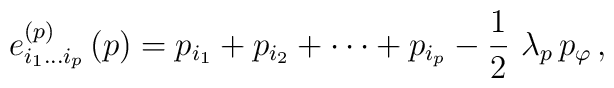
e_{i_1 \ldots i_p}^{(p)} \, (p) = p_{i_1} + p_{i_2} + \cdots + p_{i_p} - \frac{1}{2} \ \lambda_p \, p_{\varphi} \, ,